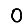
Digit: 0